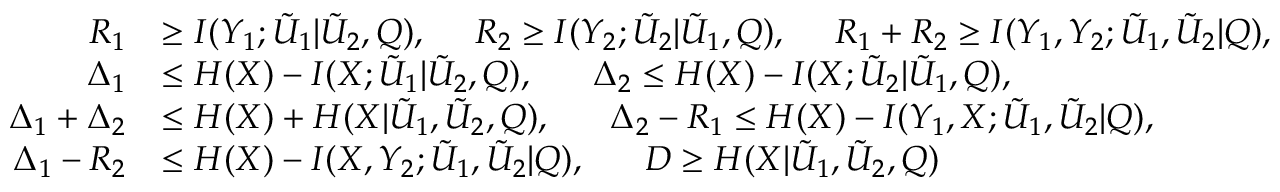
\begin{array} { r l } { R _ { 1 } } & { \ge I ( Y _ { 1 } ; \Tilde { U } _ { 1 } | \Tilde { U } _ { 2 } , Q ) , ~ ~ ~ ~ R _ { 2 } \ge I ( Y _ { 2 } ; \Tilde { U } _ { 2 } | \Tilde { U } _ { 1 } , Q ) , ~ ~ ~ ~ R _ { 1 } + R _ { 2 } \ge I ( Y _ { 1 } , Y _ { 2 } ; \Tilde { U } _ { 1 } , \Tilde { U } _ { 2 } | Q ) , } \\ { \Delta _ { 1 } } & { \le H ( X ) - I ( X ; \Tilde { U } _ { 1 } | \Tilde { U } _ { 2 } , Q ) , ~ ~ ~ ~ ~ \Delta _ { 2 } \le H ( X ) - I ( X ; \Tilde { U } _ { 2 } | \Tilde { U } _ { 1 } , Q ) , } \\ { \Delta _ { 1 } + \Delta _ { 2 } } & { \le H ( X ) + H ( X | \Tilde { U } _ { 1 } , \Tilde { U } _ { 2 } , Q ) , ~ ~ ~ ~ ~ \Delta _ { 2 } - R _ { 1 } \le H ( X ) - I ( Y _ { 1 } , X ; \Tilde { U } _ { 1 } , \Tilde { U } _ { 2 } | Q ) , } \\ { \Delta _ { 1 } - R _ { 2 } } & { \le H ( X ) - I ( X , Y _ { 2 } ; \Tilde { U } _ { 1 } , \Tilde { U } _ { 2 } | Q ) , ~ ~ ~ ~ ~ D \ge H ( X | \Tilde { U } _ { 1 } , \Tilde { U } _ { 2 } , Q ) } \end{array}